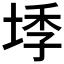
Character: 𭎰